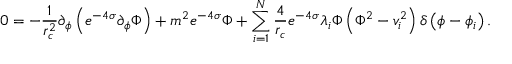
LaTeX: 0 = - \frac { 1 } { r _ { c } ^ { 2 } } \partial _ { \phi } \left( e ^ { - 4 \sigma } \partial _ { \phi } \Phi \right) + m ^ { 2 } e ^ { - 4 \sigma } \Phi + \sum _ { i = 1 } ^ { N } \frac { 4 } { r _ { c } } e ^ { - 4 \sigma } \lambda _ { i } \Phi \left( \Phi ^ { 2 } - v _ { i } ^ { 2 } \right) \delta \left( \phi - \phi _ { i } \right) .